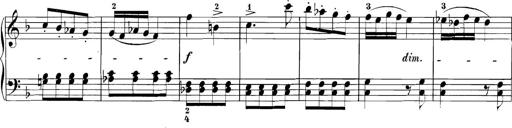
Title: 3 Sonatinas
Composer: Carl Reinecke